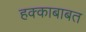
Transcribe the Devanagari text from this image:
हक्काबाबत